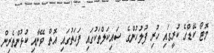
މޮޓޯ ކޭޑްގެ ކުރީގައި ހުރި ފުލުހުންގެ ސައިކަލްތަކުގައި ފަހަތުގައި އޮތް ވޭނާއި ކުޅުންތެރިން